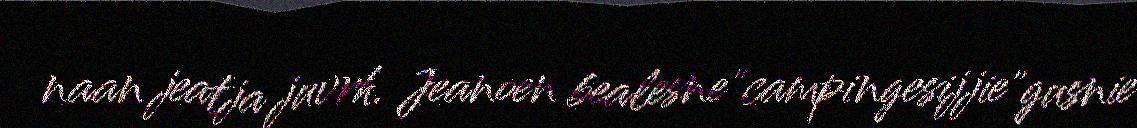
naan jeatja juvrh. Jeanoen bealesne"campingesijjie"gusnie